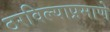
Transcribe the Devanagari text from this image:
ठरविल्याप्रमाणे